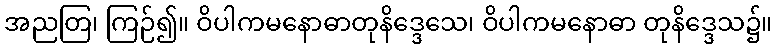
အညတြ၊ ကြဉ်၍။ ဝိပါကမနောဓာတုနိဒ္ဒေသေ၊ ဝိပါကမနောဓာ တုနိဒ္ဒေသ၌။